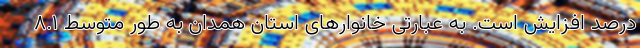
درصد افزایش است. به عبارتی خانوارهای استان همدان به طور متوسط ٨.١